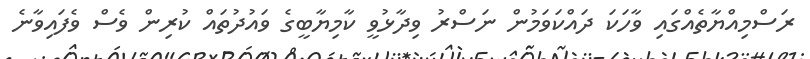
ރަސްމިއްޔާތެއްގައި ވާހަކަ ދައްކަވަމުން ނަސްރު ވިދާޅުވީ ކާމިޔާބީގެ ވައުދުތައް ކުރިން ވެސް ވެފައިވާނެ